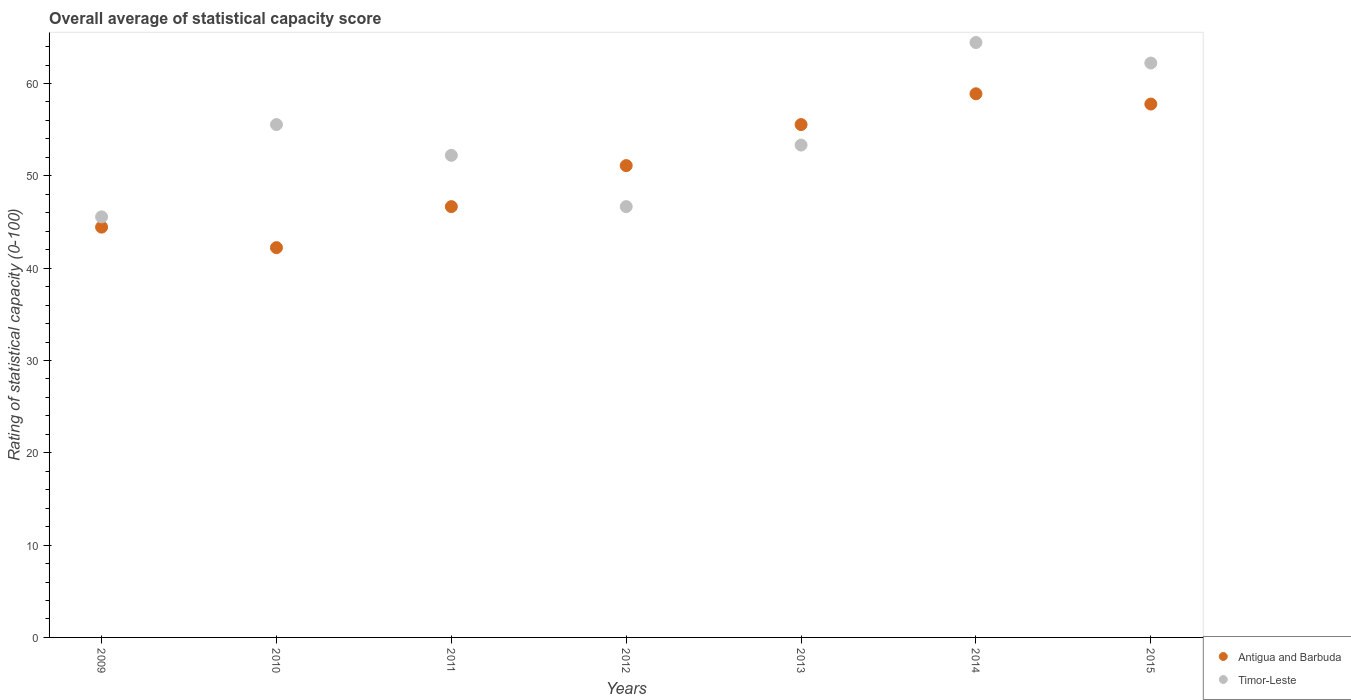
| Years | Antigua and Barbuda | Timor-Leste |
 | --- | --- | --- |
 | 2009 | 44.4 | 45.6 |
 | 2010 | 42.2 | 55.6 |
 | 2011 | 46.7 | 52.2 |
 | 2012 | 51.1 | 46.7 |
 | 2013 | 55.6 | 53.3 |
 | 2014 | 58.9 | 64.4 |
 | 2015 | 57.8 | 62.2 |